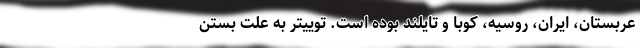
عربستان، ایران، روسیه، کوبا و تایلند بوده است. توییتر به علت بستن